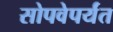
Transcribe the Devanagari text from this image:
सोपवेपर्यंत